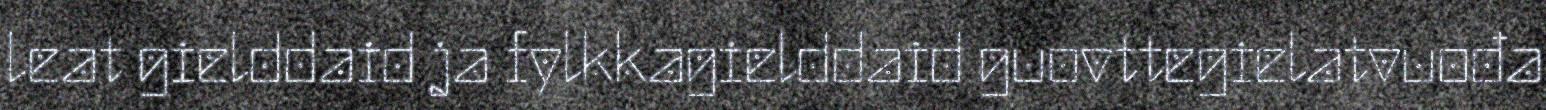
leat gielddaid ja fylkkagielddaid guovttegielatvuođa